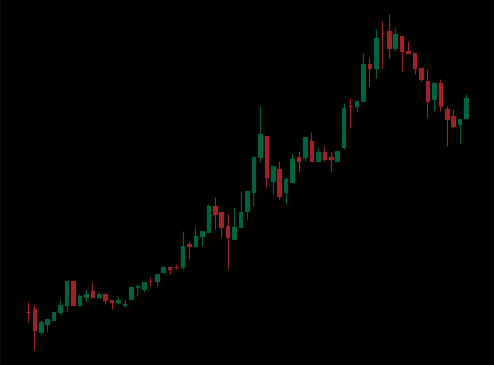
Pattern: bear_flag